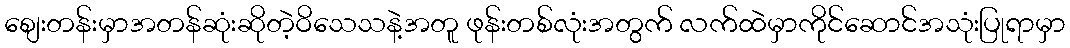
စျေးတန်းမှာအတန်ဆုံးဆိုတဲ့ဝိသေသနဲ့အတူ ဖုန်းတစ်လုံးအတွက် လက်ထဲမှာကိုင်ဆောင်အသုံးပြုရာမှာ